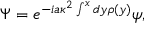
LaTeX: \Psi = e ^ { - i a \kappa ^ { 2 } \int ^ { x } d y \rho ( y ) } \psi ,